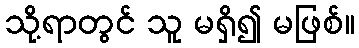
သို့ရာတွင် သူ မရှိ၍ မဖြစ်။